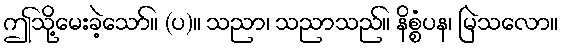
ဤသို့မေးခဲ့သော်။ (ပ)။ သညာ၊ သညာသည်။ နိစ္စံပန၊ မြဲသလော။